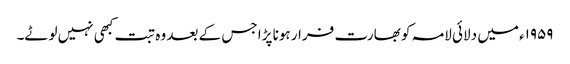
۱۹۵۹ء میں دلائی لامہ کو بھارت فرار ہونا پڑا جس کے بعد وہ تبت کبھی نہیں لوٹے۔